Vaccination in Bombay 1889-1901 - 1889-1901
Year: 1889
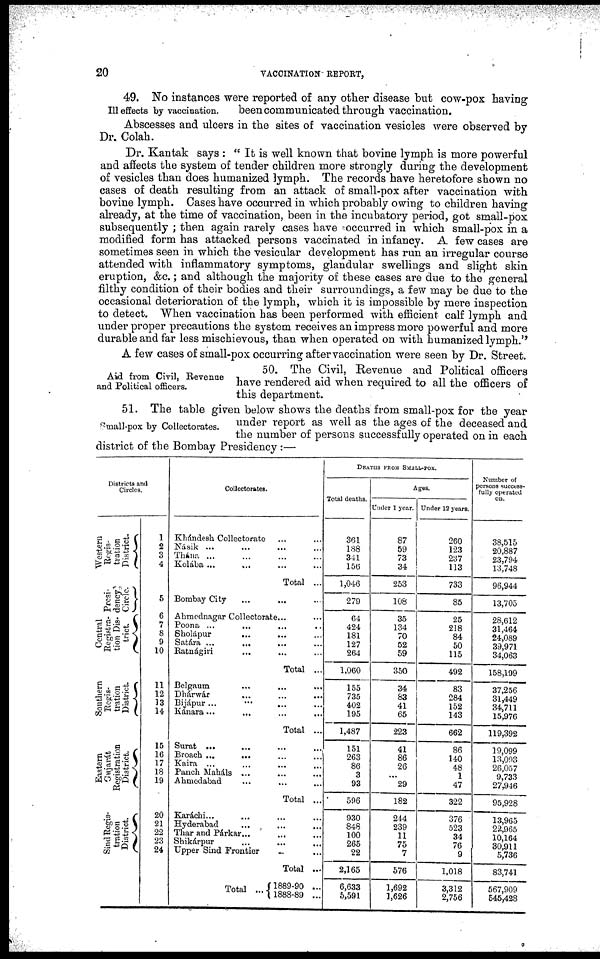
20
VACCINATION REPORT,
Ill effects by vaccination.
49. No instances were reported of any other disease but cow-pox having
been communicated through vaccination.
Abscesses and ulcers in the sites of vaccination vesicles were observed by
Dr. Colah.
Dr. Kantak says : " It is well known that bovine lymph is more powerful
and affects the system of tender children more strongly during the development
of vesicles than does humanized lymph. The records have heretofore shown no
cases of death resulting from an attack of small-pox after vaccination with
bovine lymph. Cases have occurred in which probably owing to children having
already, at the time of vaccination, been in the incubatory period, got small-pox
subsequently ; then again rarely cases have occurred in which small-pox in a
modified form has attacked persons vaccinated in infancy. A few cases are
sometimes seen in which the vesicular development has run an irregular course
attended with inflammatory symptoms, glandular swellings and slight skin
eruption, &c.; and although the majority of these cases are due to the general
filthy condition of their bodies and their surroundings, a few may be due to the
occasional deterioration of the lymph, which it is impossible by mere inspection
to detect. When vaccination has been performed with efficient calf lymph and
under proper precautions the system receives an impress more powerful and more
durable and far less mischievous, than when operated on with humanized lymph."
A few cases of small-pox occurring after vaccination were seen by Dr. Street.
Aid from Civil, Revenue
and Political officers.
50. The Civil, Revenue and Political officers
have rendered aid when required to all the officers of
this department.
Small-pox by Collectorates.
51. The table given below shows the deaths from small-pox for the year
under report as well as the ages of the deceased and
the number of persons successfully operated on in each
district of the Bombay Presidency :—
Districts and
Circles.
Western
Regis-
tration
District.
Presi-
dency
Circle.
Central
Registra-
tion Dis-
trict.
Southern
Regis-
tration
District.
Eastern
Gujarát
Registration
District.
Sind Regis-
tration
District.
1
2
3
4
5
6
7
8
9
10
11
12
13
14
15
16
17
18
19
20
21
22
23
24
Collectorates.
Khándesh Collectorate ... ...
Násik ... ... ... ...
Thána ... ... ... ...
Kolába ... ... ... ...
Total ...
Bombay City ... ... ...
Ahmednagar Collectorate... ...
Poona ...
...
... ...
Sholápur
...
... ...
Satára ...
... ... ...
Ratnágiri ... ... ...
Total ...
Belgaum ... ... ...
Dhárwár
... ... ...
Bijápur ... ... ...
Kánara...
...
... ...
Total ...
Surat ... ... ... ...
Broach ...
... ... ...
Kaira ... ... ... ...
Panch Maháls ... ... ...
Ahmedabad ... ... ...
Total ...
Karáchi... ... ... ...
Hyderabad ... ... ...
Thar and Párkar... ... ...
Shikárpur ... ... ...
Upper Sind Frontier ... ...
Total ...
Total ... 1889-90 ...
1888-89 ...
DEATHS FROM SMALL-POX.
Total deaths.
361
188
341
156
1,046
279
64
424
181
127
264
1,060
155
735
402
195
1,487
151
263
86
3
93
596
930
848
100
265
22
2,165
6,633
5,591
Ages.
Under 1 year.
87
59
73
34
253
108
35
134
70
52
59
350
34
83
41
65
223
41
86
26
...
29
182
244
239
11
75
7
576
1,692
1,626
Under 12 years.
260
123
237
113
733
85
25
218
84
50
115
492
83
284
152
143
662
86
140
48
1
47
322
376
523
34
76
9
1,018
3,312
2,756
Number of
persons success-
fully operated
on.
38,515
20,887
23,794
13,748
96,944
13,705
28,612
31,464
24,089
39,971
34,063
158,199
37,256
31,449
34,711
15,976
119,392
19,099
13,093
26,057
9,733
27,946
95,928
13,965
22,965
10,164
30,911
5,736
83,741
567,909
545,428